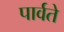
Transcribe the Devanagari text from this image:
पार्वते